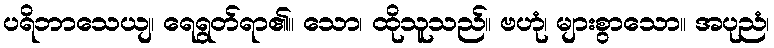
ပရိဘာသေယျ၊ ရေရွတ်ရာ၏။ သော၊ ထိုသူသည်။ ဗဟုံ၊ များစွာသော။ အပုညံ၊